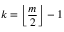
k = \left\lfloor { \frac { m } { 2 } } \right\rfloor - 1